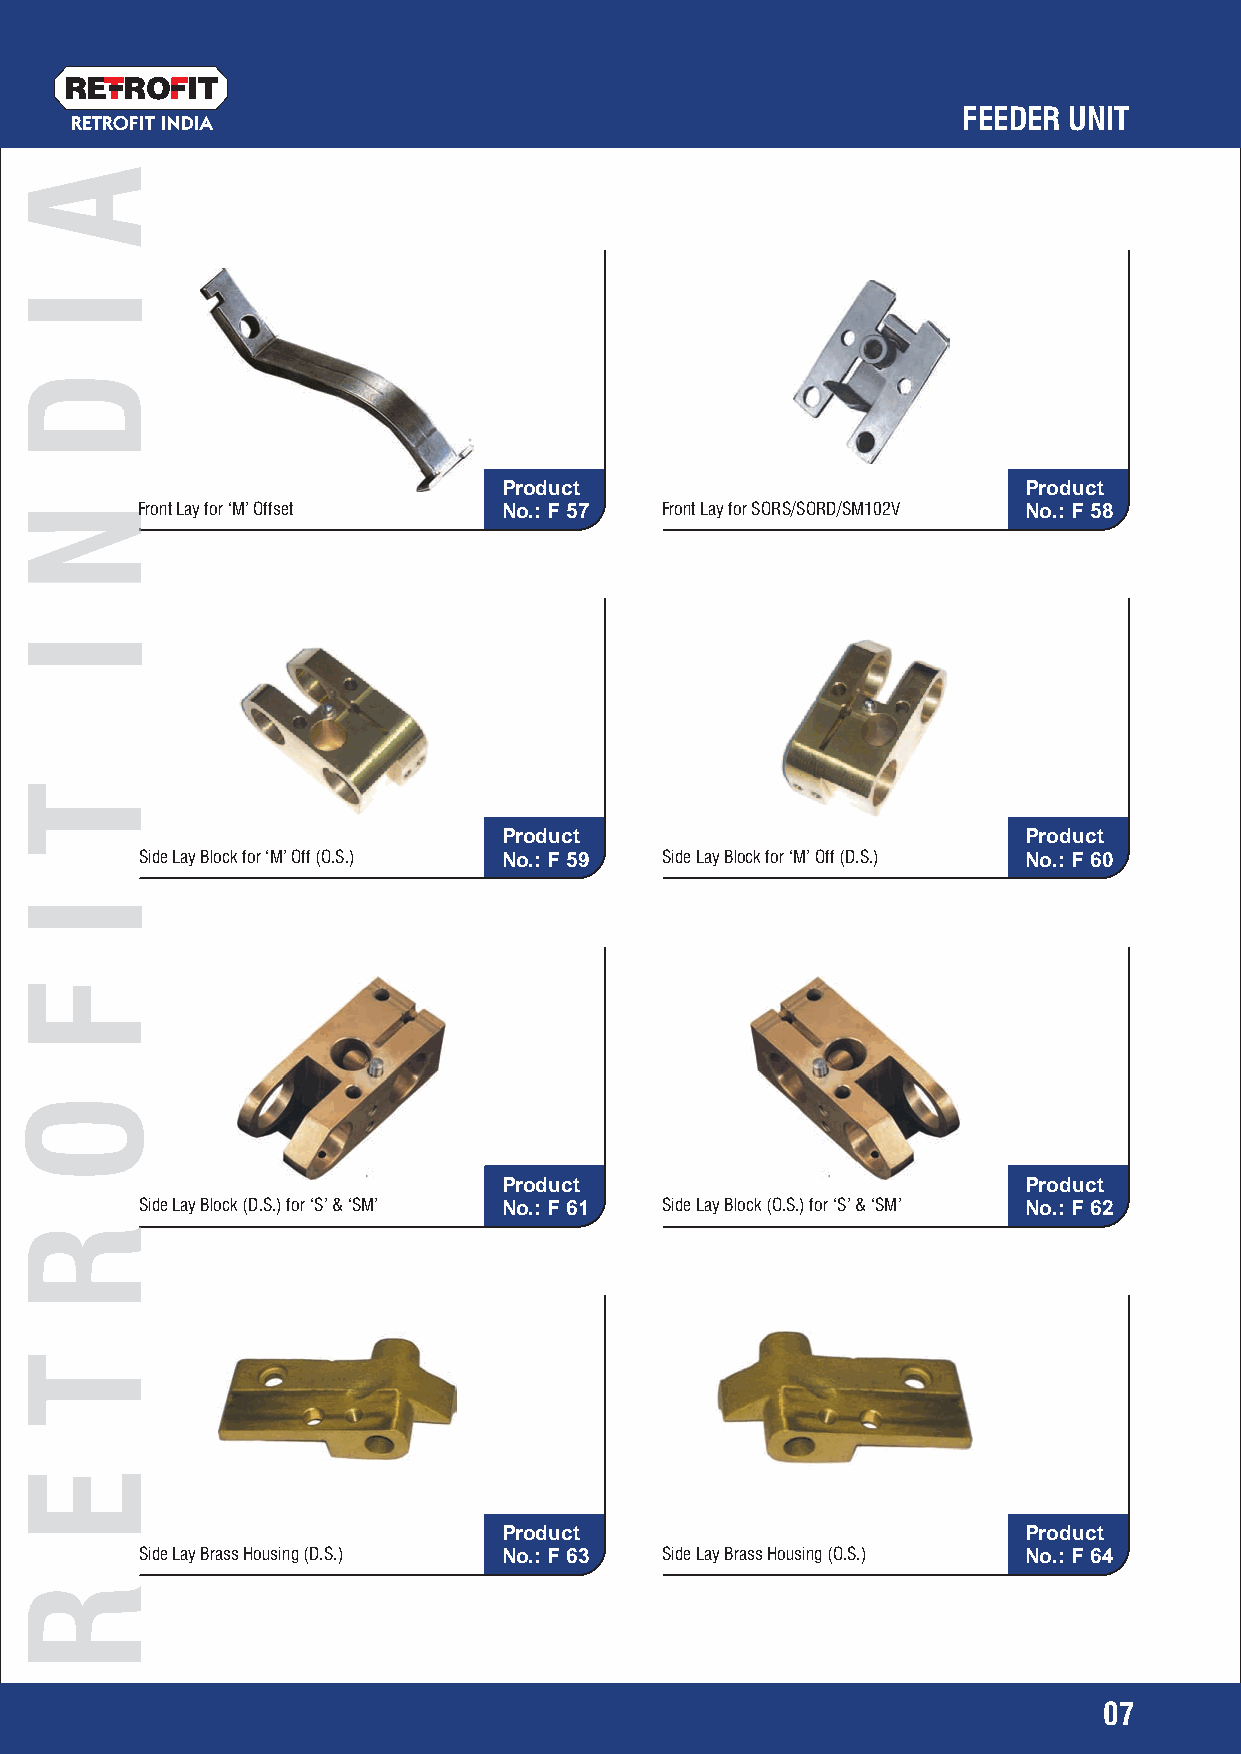
RETRO   IT
 FEEDER UNIT
 RETROFIT INDIA
 Product                            Product
 Front Lay for ‘M’ Offset No.: F 57 Front Lay for SORS/SORD/SM102V No.: F 58
 Product                            Product
 Side Lay Block for ‘M’ Off (O.S.) No.: F 59 Side Lay Block for ‘M’ Off (D.S.) No.: F 60
 Product                            Product
 Side Lay Block (D.S.) for ‘S’ & ‘SM’ No.: F 61 Side Lay Block (O.S.) for ‘S’ & ‘SM’ No.: F 62
 Product                            Product
 Side Lay Brass Housing (D.S.) No.: F 63 Side Lay Brass Housing (O.S.) No.: F 64
 07
 A
 I
 D
 NN
 I
 T
 I
 F
 O
 RR
 T
 E
 R